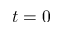
t = 0